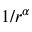
1 / r ^ { \alpha }